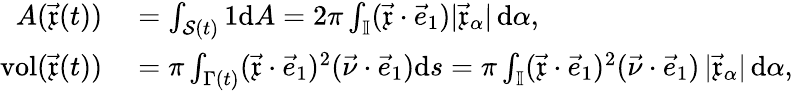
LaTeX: \begin{array}{rl}{A(\vec{\mathfrak{x}}(t))}&{{}=\int_{\mathcal{S}(t)}1\mathrm{d}A=2\pi\int_{\mathbb{I}}(\vec{\mathfrak{x}}\cdot\vec{e}_{1})|\vec{\mathfrak{x}}_{\alpha}|\, \mathrm{d}\alpha,}\\ {\operatorname{vol}(\vec{\mathfrak{x}}(t))}&{{}=\pi\int_{\Gamma(t)}(\vec{\mathfrak{x}}\cdot\vec{e}_{1})^{2}(\vec{\nu}\cdot\vec{e}_{1})\mathrm{d}s=\pi\int_{\mathbb{I}}(\vec{\mathfrak{x}}\cdot\vec{e}_{1})^{2}(\vec{\nu}\cdot\vec{e}_{1})\, |\vec{\mathfrak{x}}_{\alpha}|\, \mathrm{d}\alpha,}\end{array}